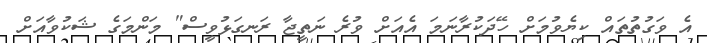
އެ ވަގުތުތައް ކިޔެވުމަށް ހޭދަކުރާނަމަ އެއަށް ވުރެ ނަތީޖާ ރަނގަޅުވީސް" މަންމަގެ ޝަކުވާއަށް